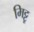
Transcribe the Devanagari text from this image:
मिट्टू